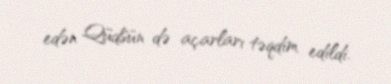
edən Qüdsün də açarları təqdim edildi.